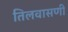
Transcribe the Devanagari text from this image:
तिलवासणी